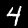
Label: 4